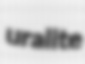
uralite